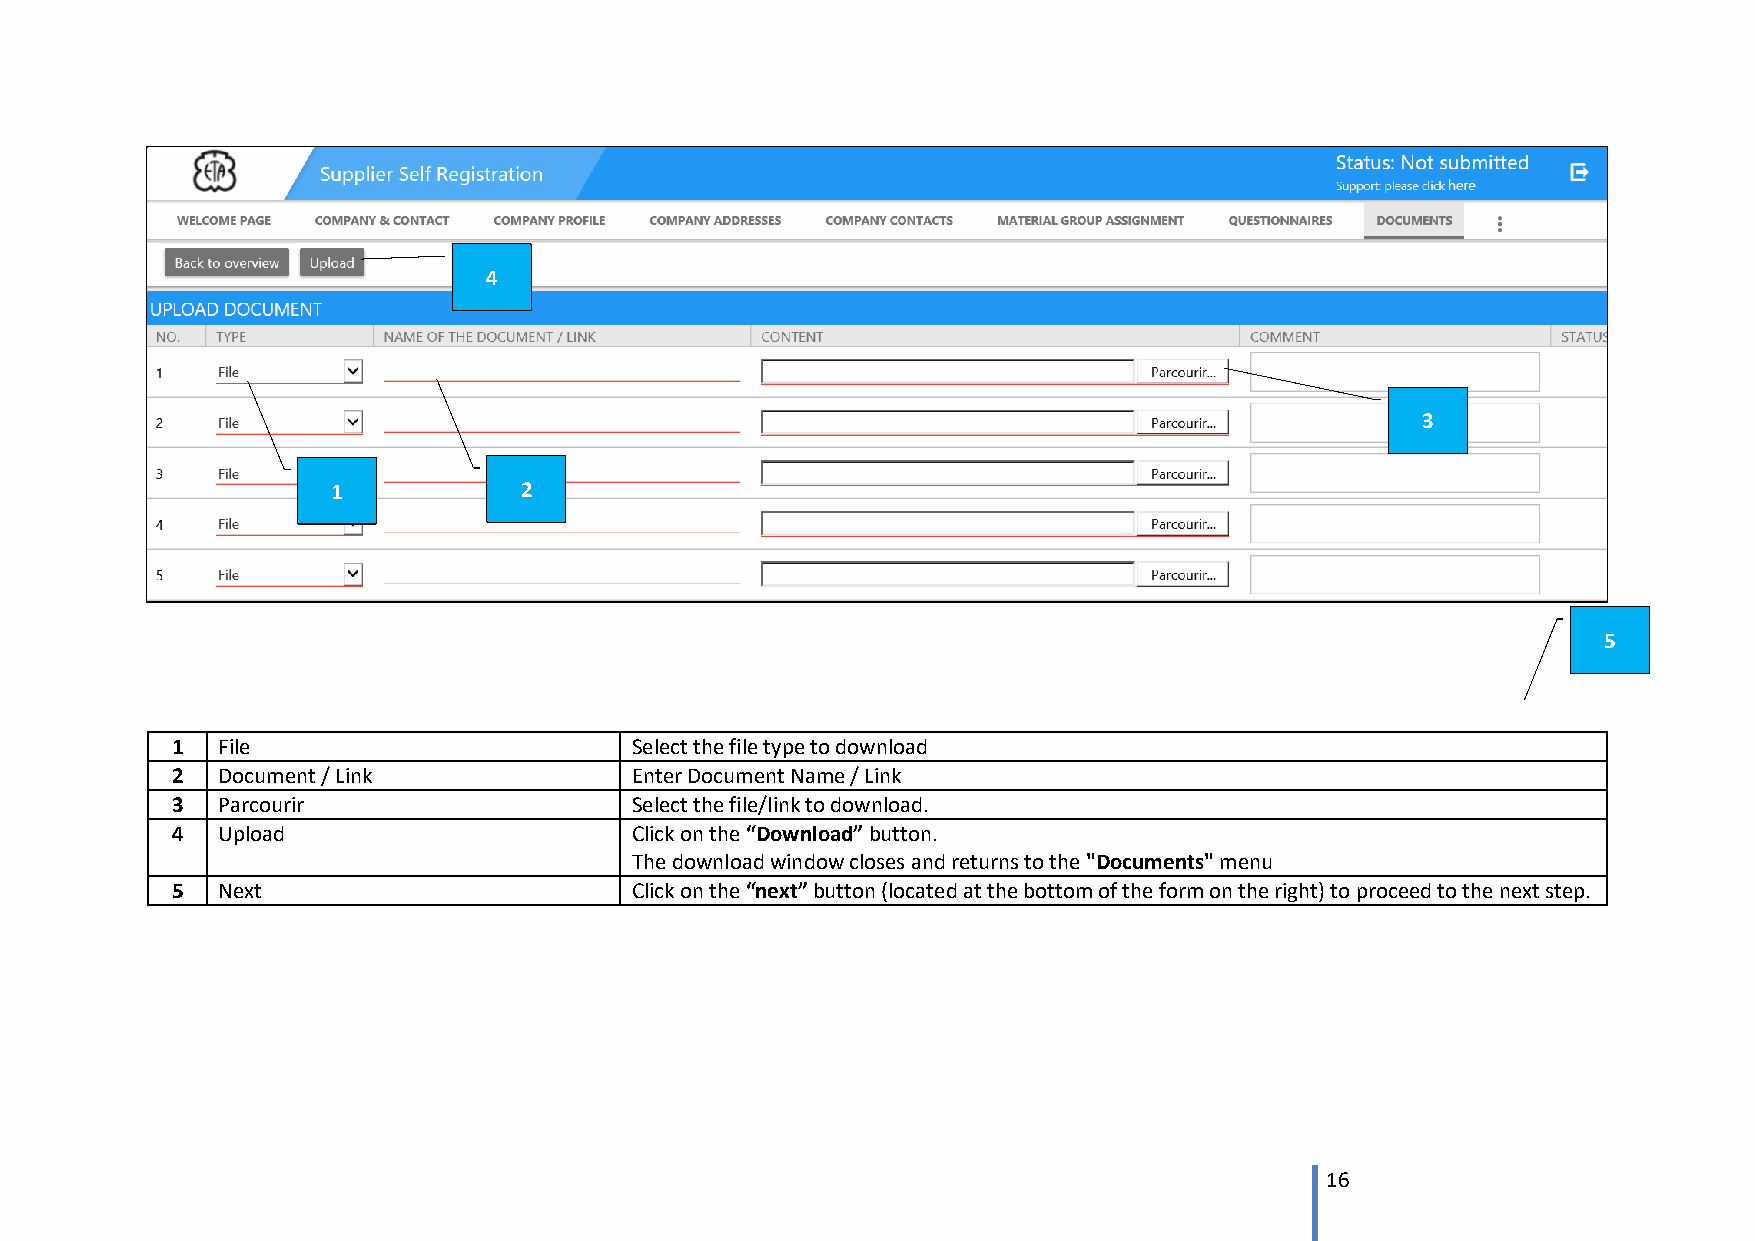
4
 3
 1           2
 5
 1  File                        Select the file type to download
 2  Document / Link             Enter Document Name / Link
 3  Parcourir                   Select the file/link to download.
 4  Upload                      Click on the “Download” button.
 The download window closes and returns to the "Documents" menu
 5  Next                        Click on the “next” button (located at the bottom of the form on the right) to proceed to the next step.
 16